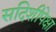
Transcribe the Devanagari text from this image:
सदिशीपेक्षा